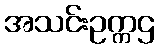
အသင်းဥက္ကဌ